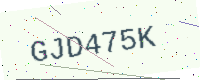
Text: GJD475K